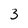
Character: 3